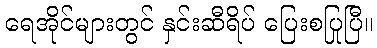
ရေအိုင်များတွင် နှင်းဆီရိပ် ပြေးစပြုပြီ။